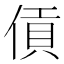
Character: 𪝖